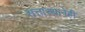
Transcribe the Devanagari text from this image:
सत्तास्थानेही